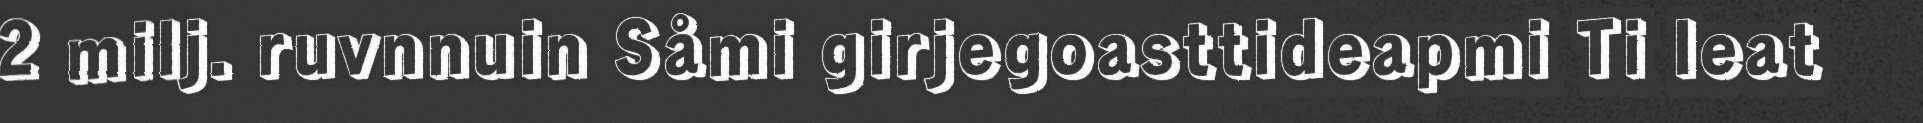
2 milj. ruvnnuin Såmi girjegoasttideapmi Ti leat